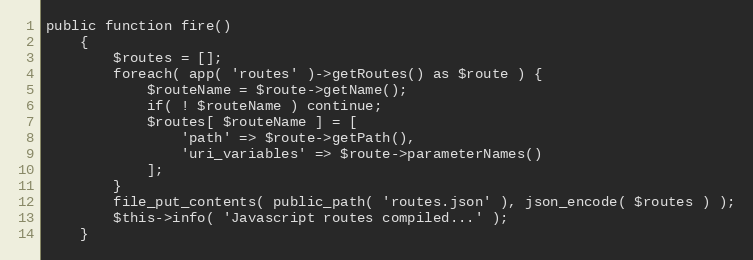
Language: PHP
public function fire()
    {
        $routes = [];
        foreach( app( 'routes' )->getRoutes() as $route ) {
            $routeName = $route->getName();
            if( ! $routeName ) continue;
            $routes[ $routeName ] = [
                'path' => $route->getPath(),
                'uri_variables' => $route->parameterNames()
            ];
        }
        file_put_contents( public_path( 'routes.json' ), json_encode( $routes ) );
        $this->info( 'Javascript routes compiled...' );
    }